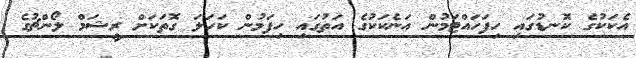
އެކަކުގެ ކޮނޑުގައި ހިފަހައްޓަމުން އަނެކަކުގެ އަތުގައި ހިފަމުން ކަހަލަ ގޮތަކަށް ރީޝަމް ލޯންޗުގެ